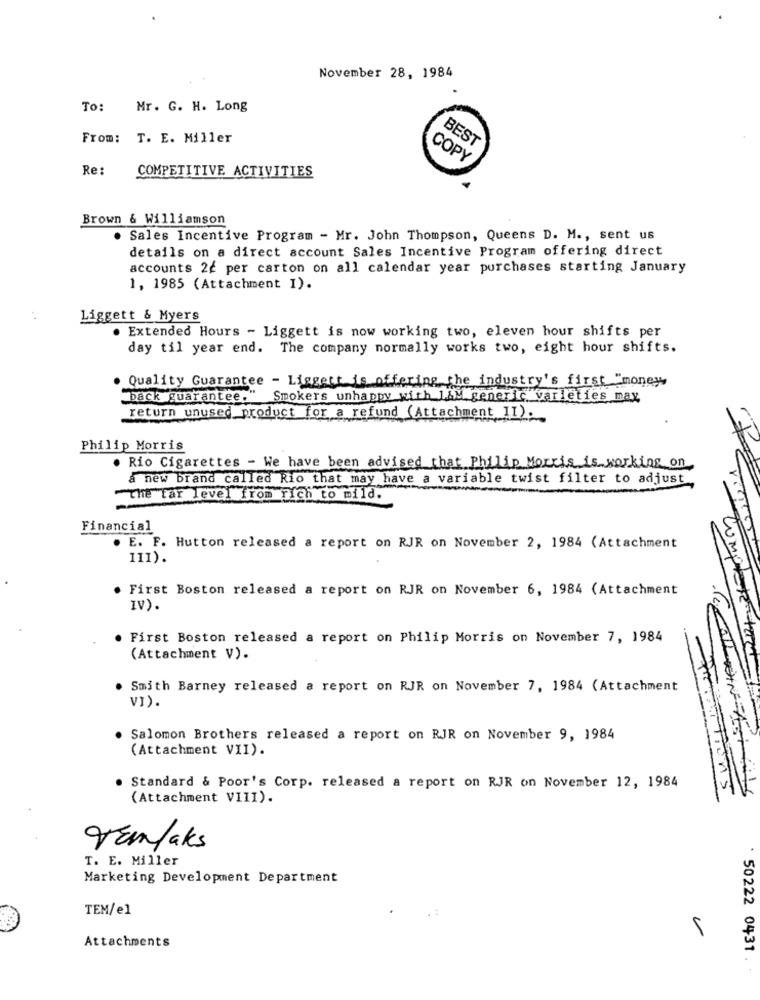
November 28, 1984
To: Mr. G. H. Long
From: T. E. Miller
BEST
COPY
Re: COMPETITIVE ACTIVITIES
Brown & Williamson
. Sales Incentive Program - Mr. John Thompson, Queens D. M ., sent us
details on a direct account Sales Incentive Program offering direct
accounts 22 per carton on all calendar year purchases starting January
1, 1985 (Attachment I).
Liggett & Myers
Extended Hours - Liggett is now working two, eleven hour shifts per
day til year end. The company normally works two, eight hour shifts.
. Quality Guarantee - Liggett is offering the industry's first "money
back guarantee." Smokers unhappy with JAM generic varieties max
return unused product for a refund (Attachment II).
Philip Morris
. Rio Cigarettes - We have been advised that Philip Morris is working on
a new brand called Rio that may have a variable twist filter to adjust
-The tar level from rich to mild.
Financial
. E. F. Hutton released a report on RJR on November 2, 1984 (Attachment
III).
. First Boston released a report on RJR on November 6, 1984 (Attachment
IV).
First Boston released a report on Philip Morris on November 7, 1984
(Attachment V).
complete tard
Smith Barney released a report on RJR on November 7, 1984 (Attachment
VI).
. Salomon Brothers released a report on RJR on November 9, 1984
(Attachment VII).
Standard & Poor's Corp. released a report on RJR on November 12, 1984
(Attachment VIII).
PRINTTions
Vanlaks
T. E. Miller
Marketing Development Department
TEM/el
Attachments
50222 0431.